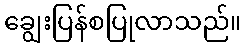
ချွေးပြန်စပြုလာသည်။